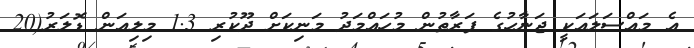
އެ މައްސަލައަކީ ޖަނާހުގެ ފަރާތުން މުހައްމަދު މަނިކަށް ދޫކުރި 1.3 މިލިއަން ޑޮލަރު(20